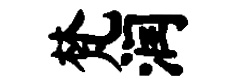
梵润